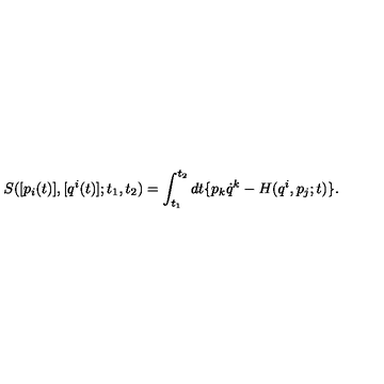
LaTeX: { S } ( [ p _ { i } ( t ) ] , [ q ^ { i } ( t ) ] ; t _ { 1 } , t _ { 2 } ) = \int _ { t _ { 1 } } ^ { t _ { 2 } } d t \{ p _ { k } { \dot { q } } ^ { k } - { H } ( { q ^ { i } } , { p } _ { j } ; t ) \} .